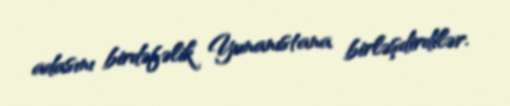
adasını birdəfəlik Yunanıstana birləşdirdilər.